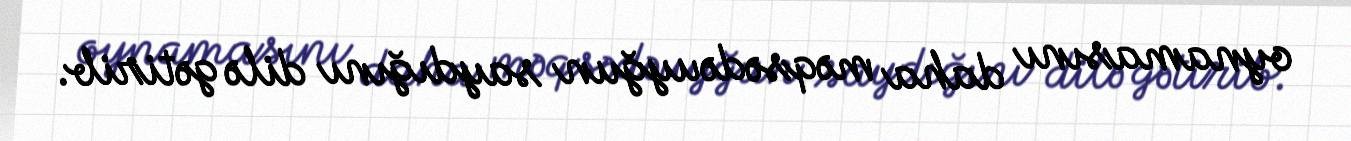
oynamasını daha məqsədəuyğun saydığını dilə gətirib.